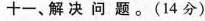
十一、解决问题。(14分)